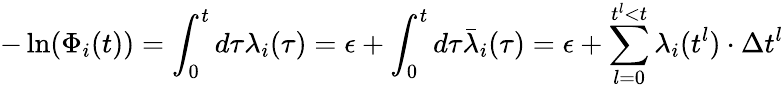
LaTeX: -\ln(\Phi_{i}(t))=\int_{0}^{t}d\tau\lambda_{i}(\tau)=\epsilon+\int_{0}^{t}d\tau\bar{\lambda}_{i}(\tau)=\epsilon+\sum_{l=0}^{t^{l}<t}\lambda_{i}(t^{l})\cdot\Delta t^{l}